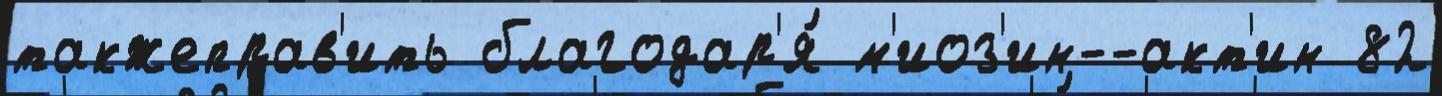
такжеправ'ить благодар'я́ м'иоз'ин--акт'ин 82